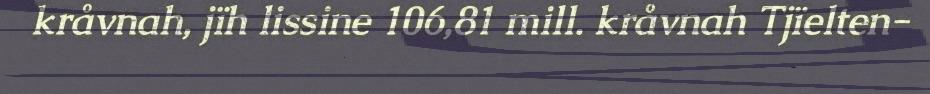
kråvnah, jïh lissine 106,81 mill. kråvnah Tjïelten-